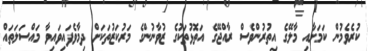
ކުރެވެމުން ކަމަށާއި މާލޭގެ އިތުރުންވެސް ރާއްޖޭގެ އަތޮޅުތަކުގެ ޒުވާނުންގެ މަރުކަޒުތަކަށް ދިމާވެފައިވައިވާ މައްސަލަތައް